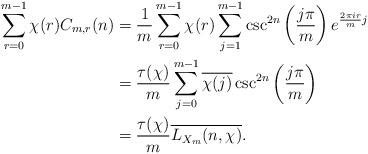
LaTeX: \begin{align*}\sum_{r=0}^{m-1}\chi(r) C_{m,r}(n)&=\frac{1}{m}\sum_{r=0}^{m-1}\chi(r)\sum_{j=1}^{m-1}\csc^{2n}\left(\frac{j\pi}{m}\right) e^{\frac{2\pi i r}{m} j}\\&= \frac{\tau(\chi)}{m}\sum_{j=0}^{m-1}\overline{\chi(j)}\csc^{2n}\left(\frac{j\pi}{m}\right)\\&= \frac{\tau(\chi)}{m} \overline{L_{X_m}(n,\chi)}.\end{align*}